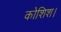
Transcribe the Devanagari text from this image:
कोशिश।